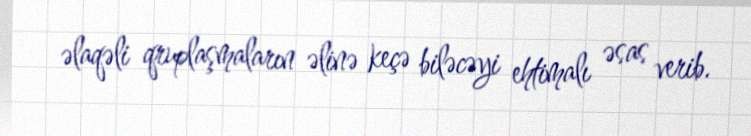
əlaqəli qruplaşmaların əlinə keçə biləcəyi ehtimalı əsas verib.